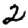
Digit: 2